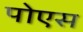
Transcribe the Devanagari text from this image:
पोएस